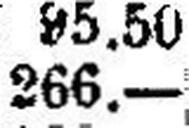
266.—